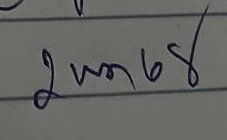
2 พ.ค. 68